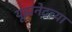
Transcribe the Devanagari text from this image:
यूझनेटच्या